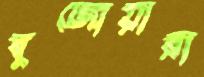
বুর্জোয়ারা